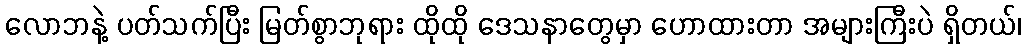
လောဘနဲ့ ပတ်သက်ပြီး မြတ်စွာဘုရား ထိုထို ဒေသနာတွေမှာ ဟောထားတာ အများကြီးပဲ ရှိတယ်၊